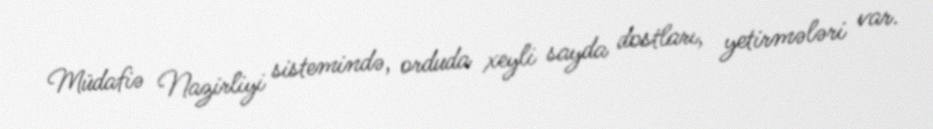
Müdafiə Nazirliyi sistemində, orduda xeyli sayda dostları, yetirmələri var.